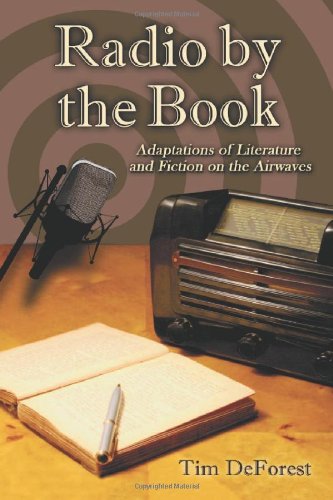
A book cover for Radio by the Book: Adaptations of Literature and Fiction on the Airwaves; Tim DeForest; Humor & Entertainment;